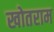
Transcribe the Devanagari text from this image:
खोतराम